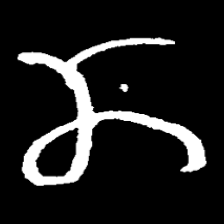
Pyu character \u2014 Myanmar letter: ဏ (romanized: nna)